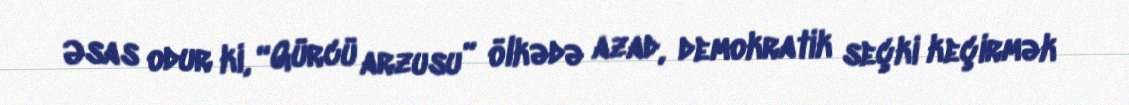
Əsas odur ki, “Gürcü arzusu” ölkədə azad, demokratik seçki keçirmək